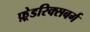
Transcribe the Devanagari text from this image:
फ़्रेडरिक्सबर्ग